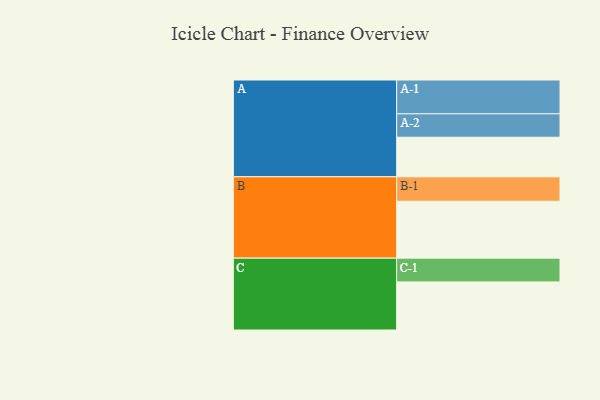
{"axis": {"x": "Segment", "y": "Value"}, "legend": ["", "A", "B", "C"], "data": [{"x": "A", "y": 338, "type": ""}, {"x": "B", "y": 486, "type": ""}, {"x": "C", "y": 411, "type": ""}, {"x": "A-1", "y": 289, "type": "A"}, {"x": "A-2", "y": 200, "type": "A"}, {"x": "B-1", "y": 209, "type": "B"}, {"x": "C-1", "y": 203, "type": "C"}]}